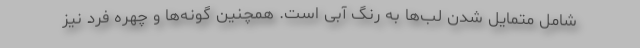
شامل متمایل شدن لب‌ها به رنگ آبی است. همچنین گونه‌ها و چهره فرد نیز